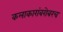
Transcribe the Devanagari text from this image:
कलाकारांबरोबरच